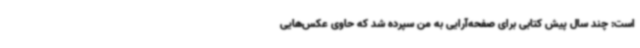
است: چند سال پیش کتابی برای صفحه‌آرایی به من سپرده شد که حاوی عکس‌هایی